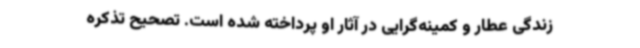
زندگی عطار و کمینه‌گرایی در آثار او پرداخته شده است. تصحیح تذکره‌